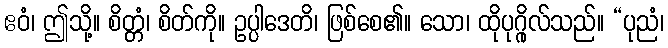
ဧဝံ၊ ဤသို့။ စိတ္တံ၊ စိတ်ကို။ ဥပ္ပါဒေတိ၊ ဖြစ်စေ၏။ သော၊ ထိုပုဂ္ဂိုလ်သည်။ “ပုညံ၊